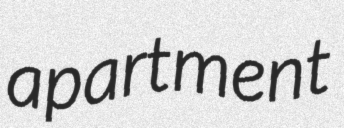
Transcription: apartment